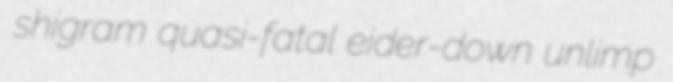
shigram quasi-fatal eider-down unlimp